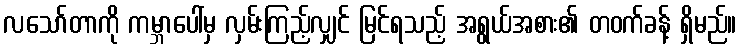
လသော်တာကို ကမ္ဘာပေါ်မှ လှမ်းကြည့်လျှင် မြင်ရသည့် အရွယ်အစား၏ တဝက်ခန့် ရှိမည်။